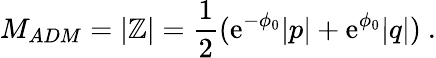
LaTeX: M_{ADM}=|\mathbb{Z}|={\frac{{1}}{{2}}}({\mathrm{{e}}}^{-\phi_{0}}|p|+{\mathrm{{e}}}^{\phi_{0}}|q|)\ .